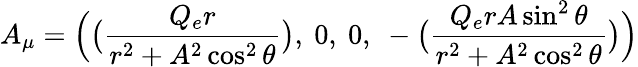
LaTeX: A_{\mu}=\Bigl(\bigl({\frac{Q_{e}r}{r^{2}+A^{2}\cos^{2}\theta}}\bigr),~0,~0,{}~-\bigl({\frac{Q_{e}rA\sin^{2}\theta}{r^{2}+A^{2}\cos^{2}\theta}}\bigr)\Bigr)